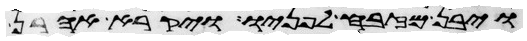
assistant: ויבן מזבח לפניו ויקרא אהרן